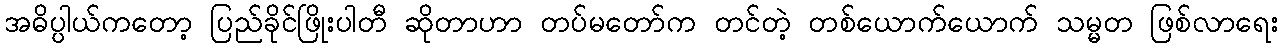
အဓိပ္ပါယ်ကတော့ ပြည်ခိုင်ဖြိုးပါတီ ဆိုတာဟာ တပ်မတော်က တင်တဲ့ တစ်ယောက်ယောက် သမ္မတ ဖြစ်လာရေး